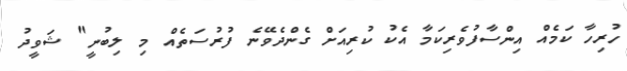
ހުރިހާ ކަމެއް އިންސާފުވެރިކަމާ އެކު ކުރިއަށް ގެންދެވޭނެ ފުރުސަތެއް މި ލިބުނީ" ޝަވީދު